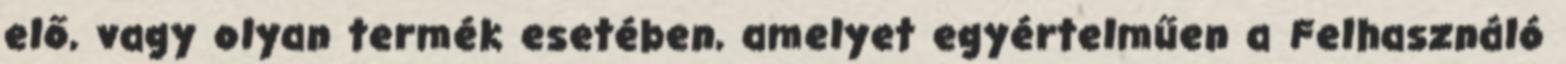
elő, vagy olyan termék esetében, amelyet egyértelműen a Felhasználó